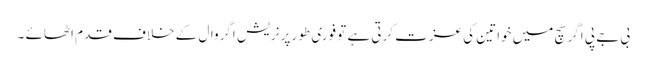
بی جے پی اگر سچ میں خواتین کی عزت کرتی ہے تو فوری طور پر نریش اگروال کے خلاف قدم اٹھائے ۔